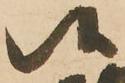
候